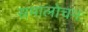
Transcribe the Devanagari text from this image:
समालोचनः